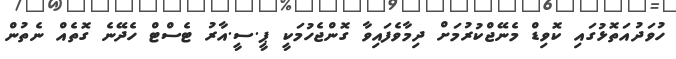
ހުވަދުއަތޮޅުގައި ކޮވިޑް މެނޭޖްކުރުމަށް ދިމާވެފައިވާ ގޮންޖެހުމަކީ ޕީ.ސީ.އާރު ޓެސްޓް ހެދޭނެ ގޮތެއް ނެތުން